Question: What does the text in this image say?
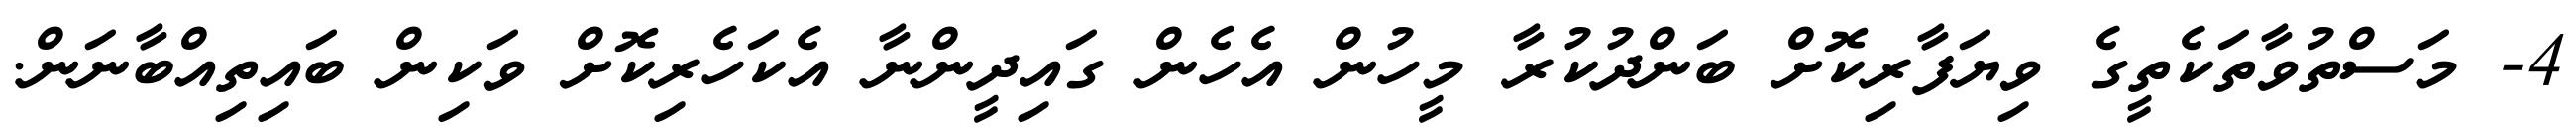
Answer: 4- މަސްތުވާތަކެތީގެ ވިޔަފާރިކޮށް ބަންދުކުރާ މީހުން އެހެން ގައިދީންނާ އެކަހެރިކޮށް ވަކިން ބައިތިއްބާނަން.